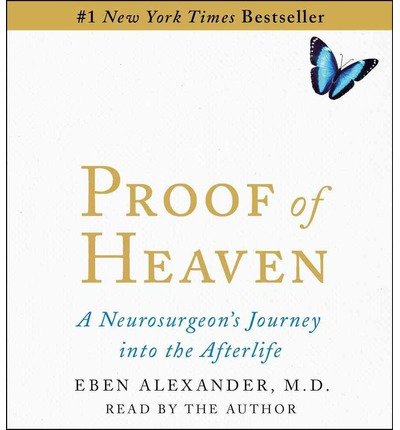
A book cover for Proof of Heaven:Proof of Heaven Audiobook:Proof of Heaven CD: A Neurosurgeon's Near-Death Experience {Proof of Heaven} [Audiobook, Unabridged] [Proof of Heaven] Eben Alexander M.D. (Proof of Heaven); Eben Alexander; Religion & Spirituality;